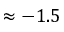
\approx - 1 . 5